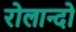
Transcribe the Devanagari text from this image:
रोलान्दो